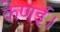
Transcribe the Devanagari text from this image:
केणई।